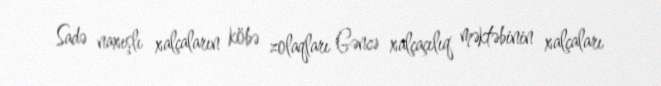
Sadə naxışlı xalçaların köbə zolaqları Gəncə xalçaçılıq məktəbinin xalçaları